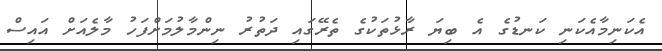
އެކަނިމާއެކަނި ކަނޑުގެ އެ ބިޔަ ރާޅުތަކުގެ ތެރޭގައި ދަތުރު ނިންމާލުމަށްފަހު މާލެއަށް އައިސް